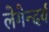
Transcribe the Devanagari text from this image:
लेगेन्दर्य